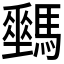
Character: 𩦛